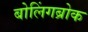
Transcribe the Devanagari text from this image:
बोलिंगब्रोक